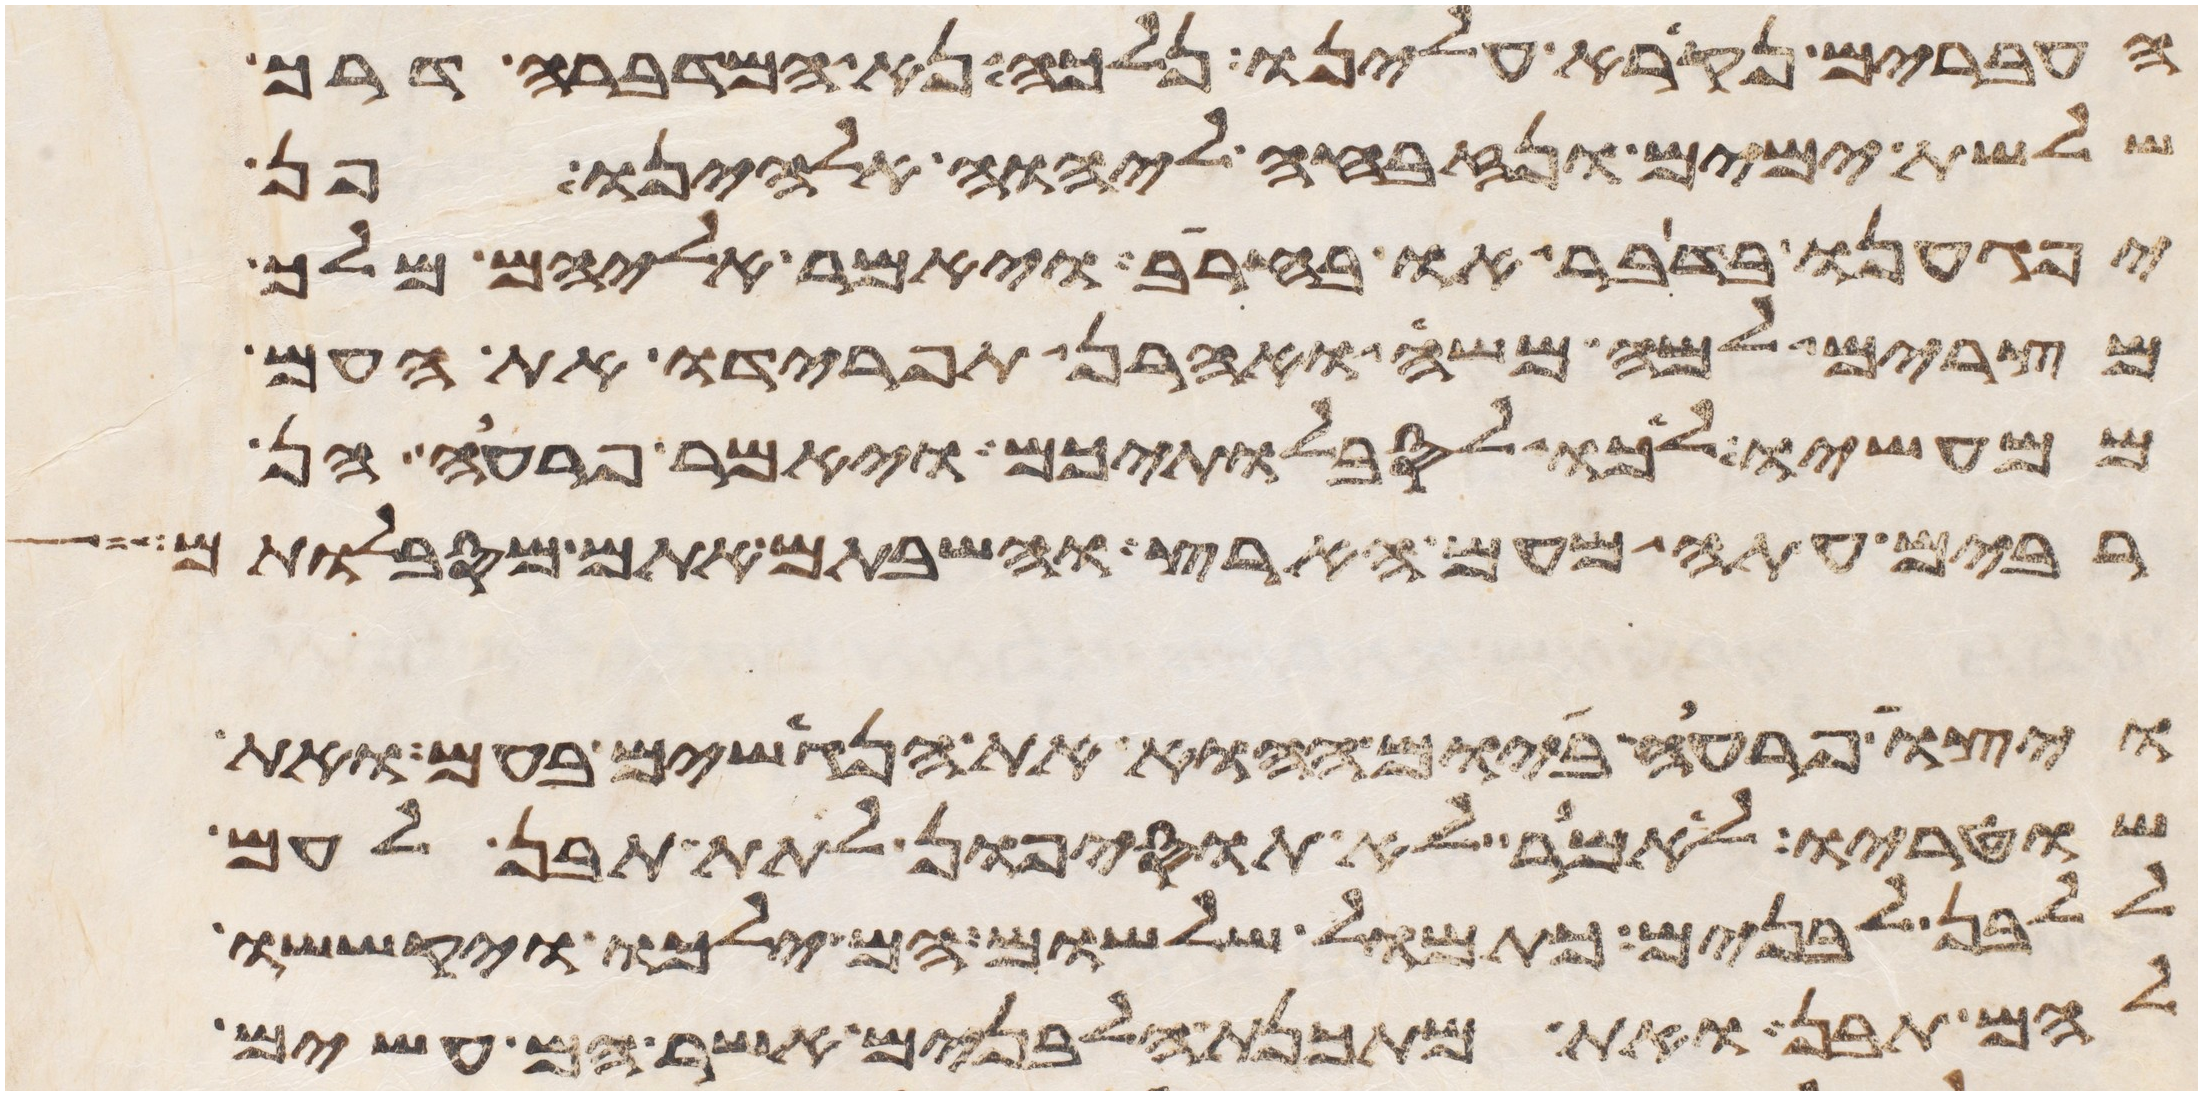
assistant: העברים נקרא עלינו נלכה נא המדברה דרך
שלשת ימים ונזבחה ליהוה אלהינו פן
יפגענו בדבר או בחרב ויאמר אליהם מלך
מצרים למה משה ואהרן תפרידו את העם
ממעשיו לכו לסבלתיכם ויאמר פרעה הן
רבים עתה מעם הארץ והשבתם אתם מסבלותם
ויצו פרעה ביום ההוא את הנגשים בעם ואת
שוטריו לאמר לא תוסיפון לתת תבן לעם
ללבן לבנים כתמול שלשום הם ילכו יקששו
להם תבן ואת מתכנת הלבנים אשר הם עשים